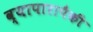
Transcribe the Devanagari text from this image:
व्यापारापैकी